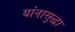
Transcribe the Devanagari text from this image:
यांनासुद्धा